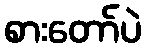
စားတော်ပဲ